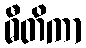
ဓီတိကာ